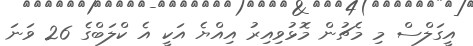
އީގަލްސް މި މެޗުން މޮޅުވިއިރު އިއްޔެ އަކީ އެ ކްލަބްގެ 26 ވަނަ